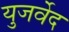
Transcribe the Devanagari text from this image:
युजर्वेद